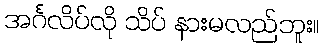
အင်္ဂလိပ်လို သိပ် နားမလည်ဘူး။